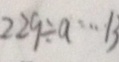
2 2 9 \div a \cdots 1 3